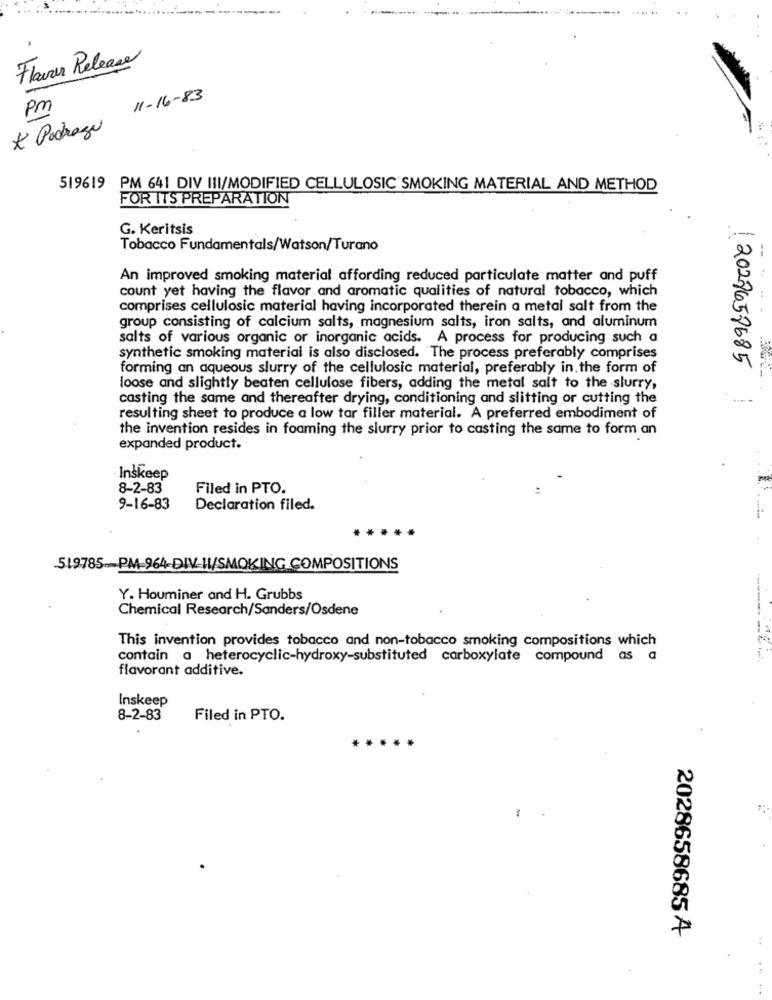
Flavor Release
11-16-83
Pm
* Padreze
519619
PM 641 DIV III/MODIFIED CELLULOSIC SMOKING MATERIAL AND METHOD
FOR ITS PREPARATION
G. Keritsis
Tobacco Fundamentals/Watson/Turano
--
An improved smoking material affording reduced particulate matter and puff
count yet having the flavor and aromatic qualities of natural tobacco, which
comprises cellulosic material having incorporated therein a metal salt from the
group consisting of calcium salts, magnesium salts, iron salts, and aluminum
salts of various organic or inorganic acids. A process for producing such a
synthetic smoking material is also disclosed. The process preferably comprises
2027658685
forming an aqueous slurry of the cellulosic material, preferably in the form of
loose and slightly beaten cellulose fibers, adding the metal salt to the slurry,
casting the same and thereafter drying, conditioning and slitting or cutting the
resulting sheet to produce a low tar filler material. A preferred embodiment of
the invention resides in foaming the slurry prior to casting the same to form an
expanded product.
Inskeep
8-2-83
Filed in PTO.
9-16-83
Declaration filed.
.....
519785_PM-964-DIV-W/SMOKING COMPOSITIONS
Y. Houminer and H. Grubbs
Chemical Research/Sanders/Osdene
This invention provides tobacco and non-tobacco smoking compositions which
contain a heterocyclic-hydroxy-substituted carboxylate compound as a
flavorant additive.
Inskeep
8-2-83
Filed in PTO.
2028658685 A